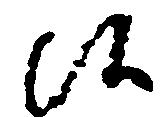
候